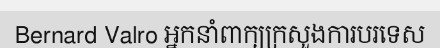
Bernard Valro អ្នកនាំពាក្យក្រសួងការបរទេស